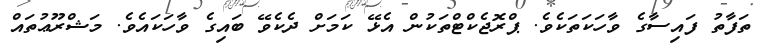
ތަފާތު ފައިސާގެ ވާހަކަތަކެވެ. ޕްރޮޖެކްޓްތަކުން އެޅޭ ކަމަށް ދެކެވޭ ބައިގެ ވާހަކައެވެ. މަޝްރޫޢުތައް